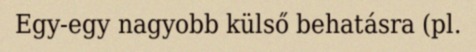
Egy-egy nagyobb külső behatásra (pl.